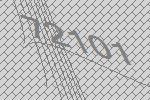
72101